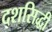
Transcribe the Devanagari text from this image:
दशसिद्धी